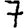
Digit: 7